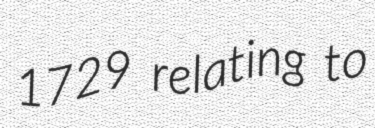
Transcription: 1729 relating to